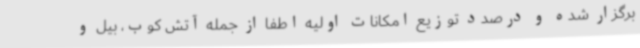
برگزار شده و درصدد توزیع امکانات اولیه اطفا از جمله آتش کوب، بیل و